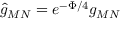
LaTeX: \hat { g } _ { M N } = e ^ { - \Phi / 4 } g _ { M N }